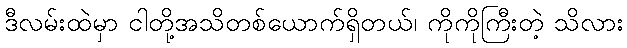
ဒီလမ်းထဲမှာ ငါတို့အသိတစ်ယောက်ရှိတယ်၊ ကိုကိုကြီးတဲ့ သိလား